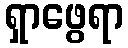
ရှာဖွေရာ